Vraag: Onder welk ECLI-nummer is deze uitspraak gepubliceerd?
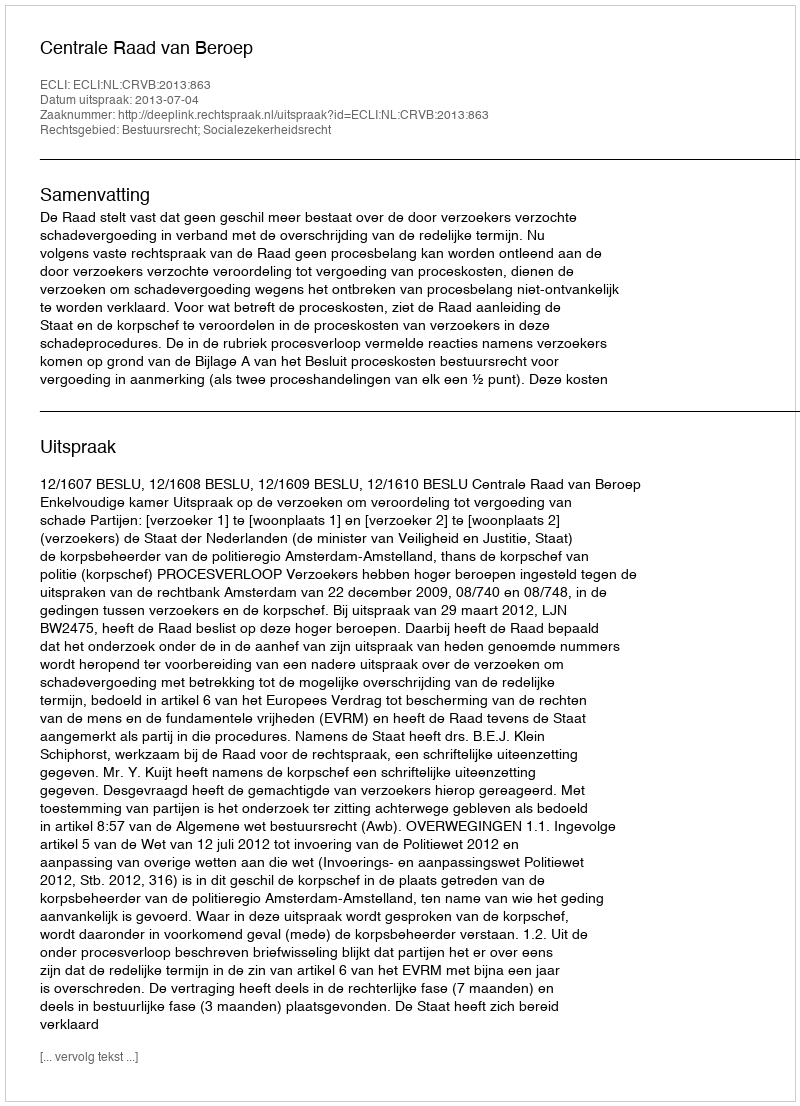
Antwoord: ECLI:NL:CRVB:2013:863